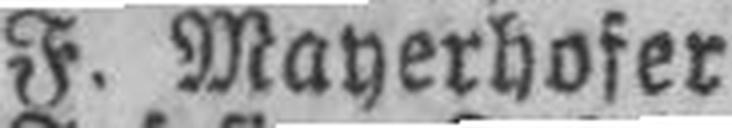
F. Mayerhofer